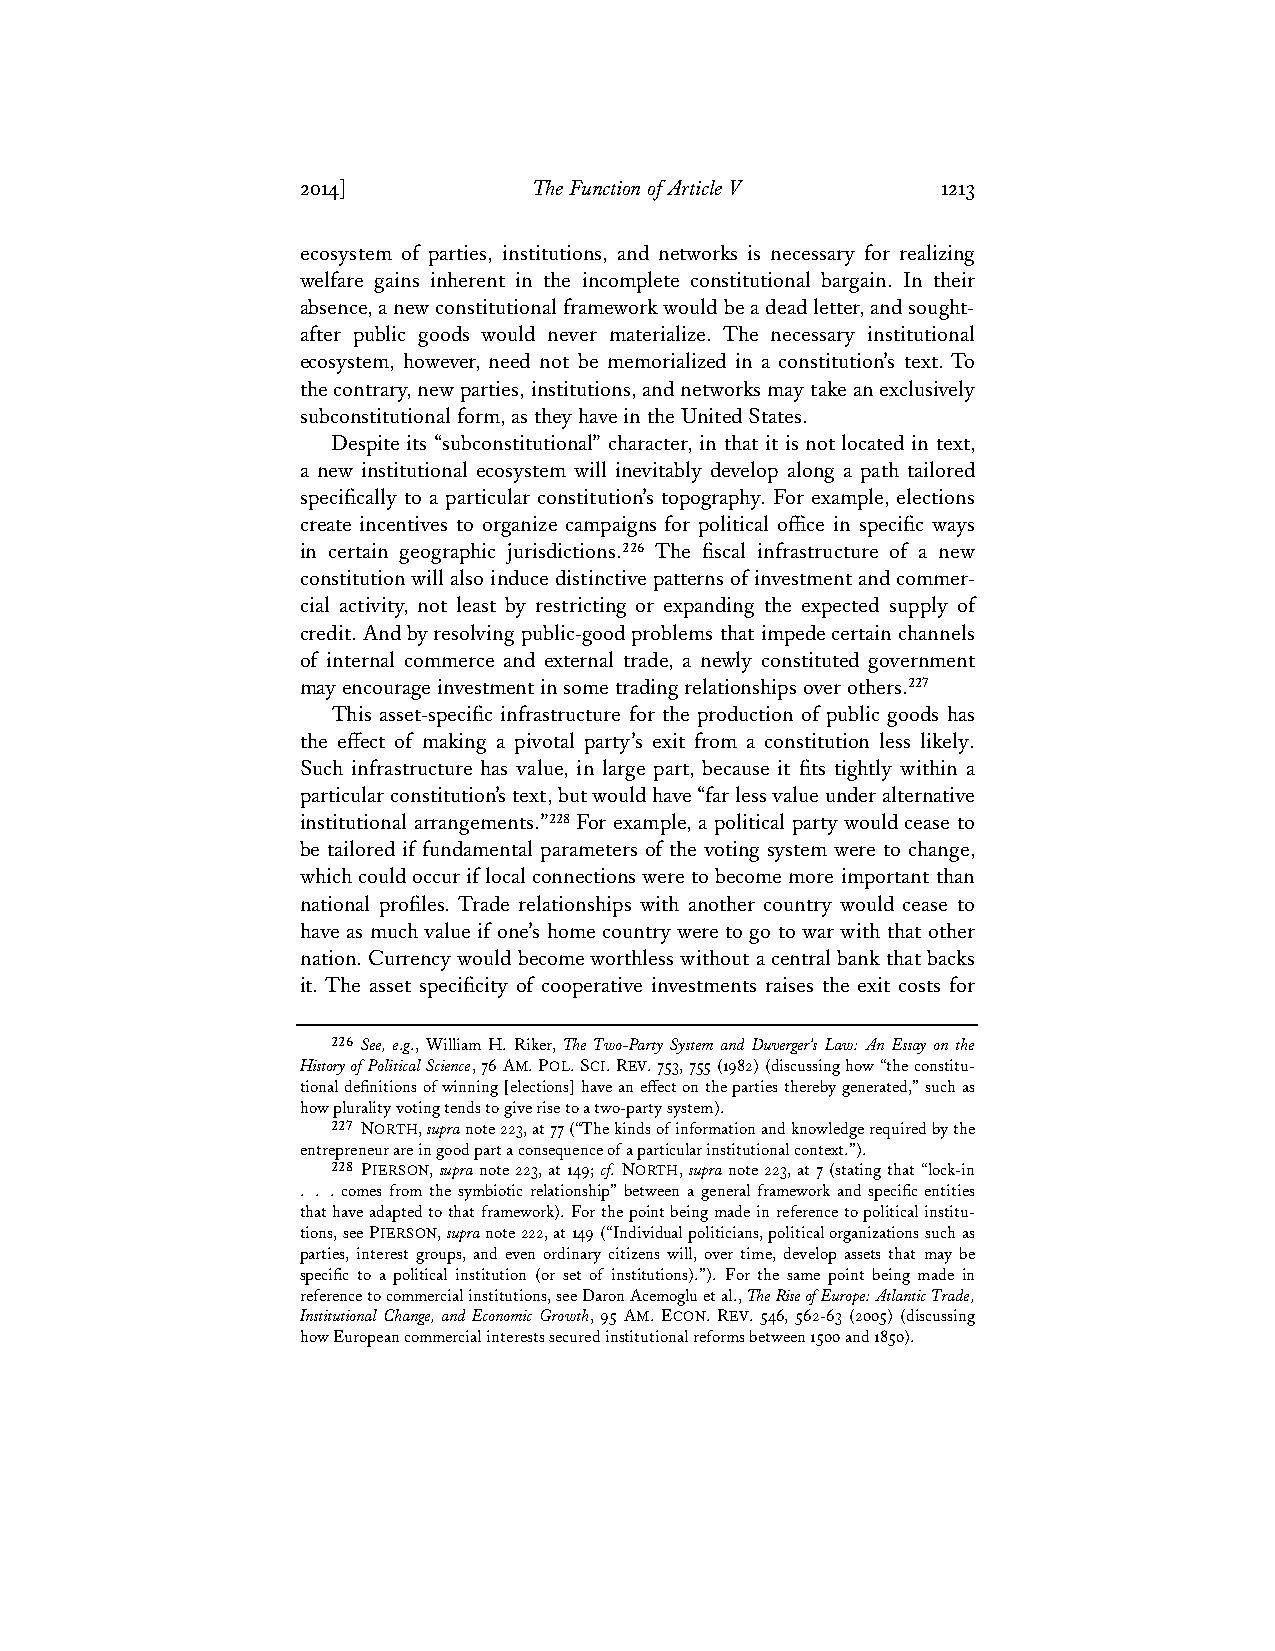
2014]          The Function of Article V  1213
 ecosystem of parties, institutions, and networks is necessary for realizing
 welfare gains inherent in the incomplete constitutional bargain. In their
 absence, a new constitutional framework would be a dead letter, and sought-
 after public goods would never materialize. The necessary institutional
 ecosystem, however, need not be memorialized in a constitution’s text. To
 the contrary, new parties, institutions, and networks may take an exclusively
 subconstitutional form, as they have in the United States.
 Despite its “subconstitutional” character, in that it is not located in text,
 a new institutional ecosystem will inevitably develop along a path tailored
 specifically to a particular constitution’s topography. For example, elections
 create incentives to organize campaigns for political office in specific ways
 in certain geographic jurisdictions.226 The fiscal infrastructure of a new
 constitution will also induce distinctive patterns of investment and commer-
 cial activity, not least by restricting or expanding the expected supply of
 credit. And by resolving public-good problems that impede certain channels
 of internal commerce and external trade, a newly constituted government
 may encourage investment in some trading relationships over others.227
 This asset-specific infrastructure for the production of public goods has
 the effect of making a pivotal party’s exit from a constitution less likely.
 Such infrastructure has value, in large part, because it fits tightly within a
 particular constitution’s text, but would have “far less value under alternative
 institutional arrangements.”228 For example, a political party would cease to
 be tailored if fundamental parameters of the voting system were to change,
 which could occur if local connections were to become more important than
 national profiles. Trade relationships with another country would cease to
 have as much value if one’s home country were to go to war with that other
 nation. Currency would become worthless without a central bank that backs
 it. The asset specificity of cooperative investments raises the exit costs for
 226 See, e.g., William H. Riker, The Two-Party System and Duverger’s Law: An Essay on the
 History of Political Science, 76 AM. POL. SCI. REV. 753, 755 (1982) (discussing how “the constitu-
 tional definitions of winning [elections] have an effect on the parties thereby generated,” such as
 how plurality voting tends to give rise to a two-party system).
 227 NORTH, supra note 223, at 77 (“The kinds of information and knowledge required by the
 entrepreneur are in good part a consequence of a particular institutional context.”).
 228 PIERSON, supra note 223, at 149; cf. NORTH, supra note 223, at 7 (stating that “lock-in
 . . . comes from the symbiotic relationship” between a general framework and specific entities
 that have adapted to that framework). For the point being made in reference to political institu-
 tions, see PIERSON, supra note 222, at 149 (“Individual politicians, political organizations such as
 parties, interest groups, and even ordinary citizens will, over time, develop assets that may be
 specific to a political institution (or set of institutions).”). For the same point being made in
 reference to commercial institutions, see Daron Acemoglu et al., The Rise of Europe: Atlantic Trade,
 Institutional Change, and Economic Growth, 95 AM. ECON. REV. 546, 562-63 (2005) (discussing
 how European commercial interests secured institutional reforms between 1500 and 1850).